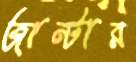
জান্টার